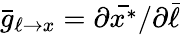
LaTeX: \bar{g}_{\ell\to x}=\partial\bar{x^{\ast}}/\partial\bar{\ell}